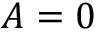
A = 0